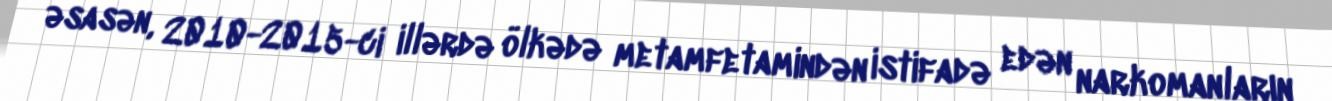
əsasən, 2010-2015-ci illərdə ölkədə metamfetamindən istifadə edən narkomanların